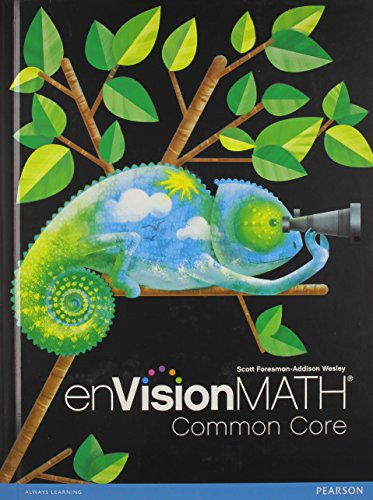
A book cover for EnVision Math Common Core, Grade 4; Scott Foresman; Education & Teaching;